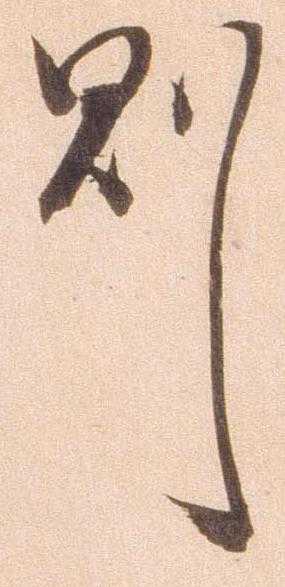
則